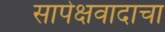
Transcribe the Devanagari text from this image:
सापेक्षवादाचा